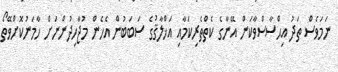
ނަމަވެސް ތަދު އިޙްސާސްވާކަން އޭނާގެ ކެތްތެރިކަމާއި އަޚްލާޤުގެ ސަބަބުން އެހެން މުޖާހިދުންނަށް ހާމަނުކޮށްވޭތޯ